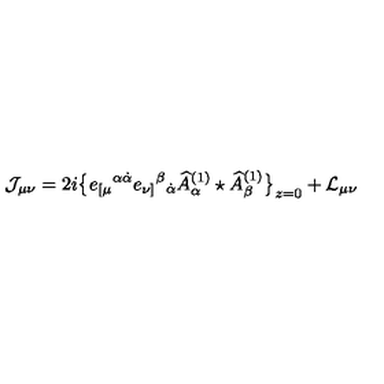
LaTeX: \mathcal { J } _ { \mu \nu } = 2 i \big \{ e _ { [ \mu } { } ^ { \alpha \dot { \alpha } } e _ { \nu ] } { } ^ { \beta } { } _ { \dot { \alpha } } \widehat A _ { \alpha } ^ { ( 1 ) } \star \widehat A _ { \beta } ^ { ( 1 ) } \big \} _ { z = 0 } + \mathcal { L } _ { \mu \nu }